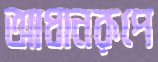
আধানরূপে